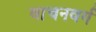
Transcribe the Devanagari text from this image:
वाचनवर्ग